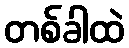
တစ်ခါထဲ